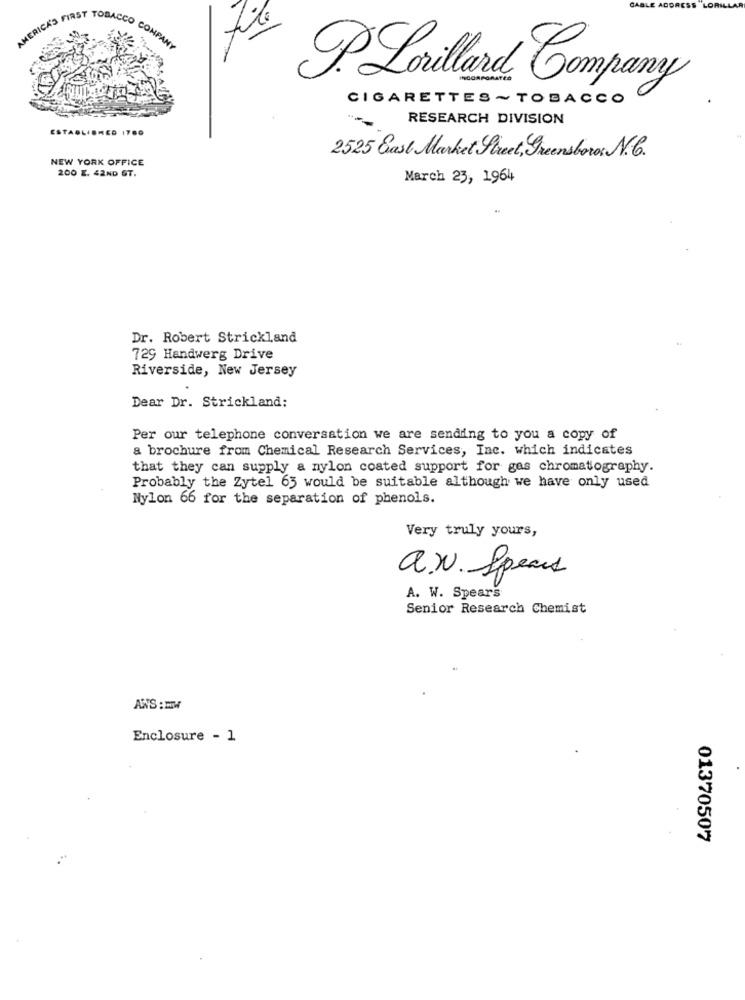
AMERICA'S FIRST T
TOBACC
COM
P. Lorillard Company
CIGARETTES~TOBACCO
RESEARCH DIVISION
ESTABLISHED 1780
2525 East Market Street, Greensboro: N.
NEW YORK OFFICE
200 E. 42ND ST.
March 23, 1964
Dr. Robert Strickland
729 Handwerg Drive
Riverside, New Jersey
Dear Dr. Strickland:
Per our telephone conversation we are sending to you a copy of
a brochure from Chemical Research Services, Inc. which indicates
that they can supply a nylon coated support for gas chromatography.
Probably the Zytel 65 would be suitable although we have only used
Nylon 66 for the separation of phenols.
Very truly yours,
a.N. Speaks
A. W. Spears
Senior Research Chemist
ANS : MW
Enclosure - 1
01370507